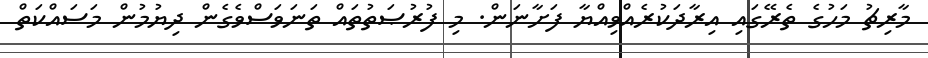
މާރިޗު މަހުގެ ތެރޭގައި އިރާދަކުރެއްވިއްޔާ ފަށާނަން. މި ފުރުޞަތުތައް ތަނަވަސްވެގެން ދިޔުމުން މަސައްކަތް